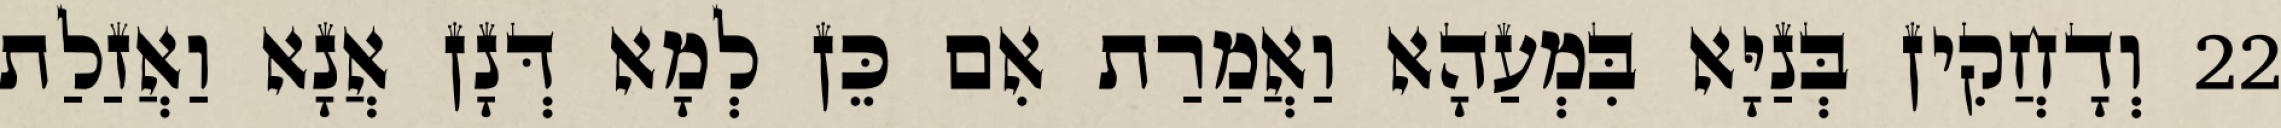
22 וְדָחֲקִין בְּנַיָּא בִּמְעַהָא וַאֲמַרַת אִם כֵּן לְמָא דְּנָן אֲנָא וַאֲזַלַת